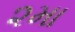
૨મા